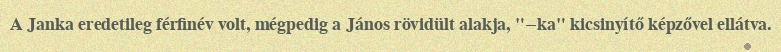
A Janka eredetileg férfinév volt, mégpedig a János rövidült alakja, "−ka" kicsinyítő képzővel ellátva.